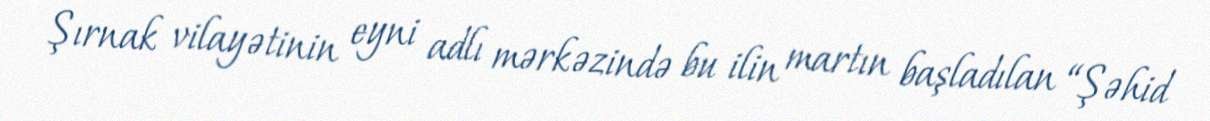
Şırnak vilayətinin eyni adlı mərkəzində bu ilin martın başladılan “Şəhid